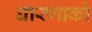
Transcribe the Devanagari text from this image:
धारणाको